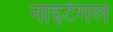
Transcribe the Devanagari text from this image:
नाइटेंगल